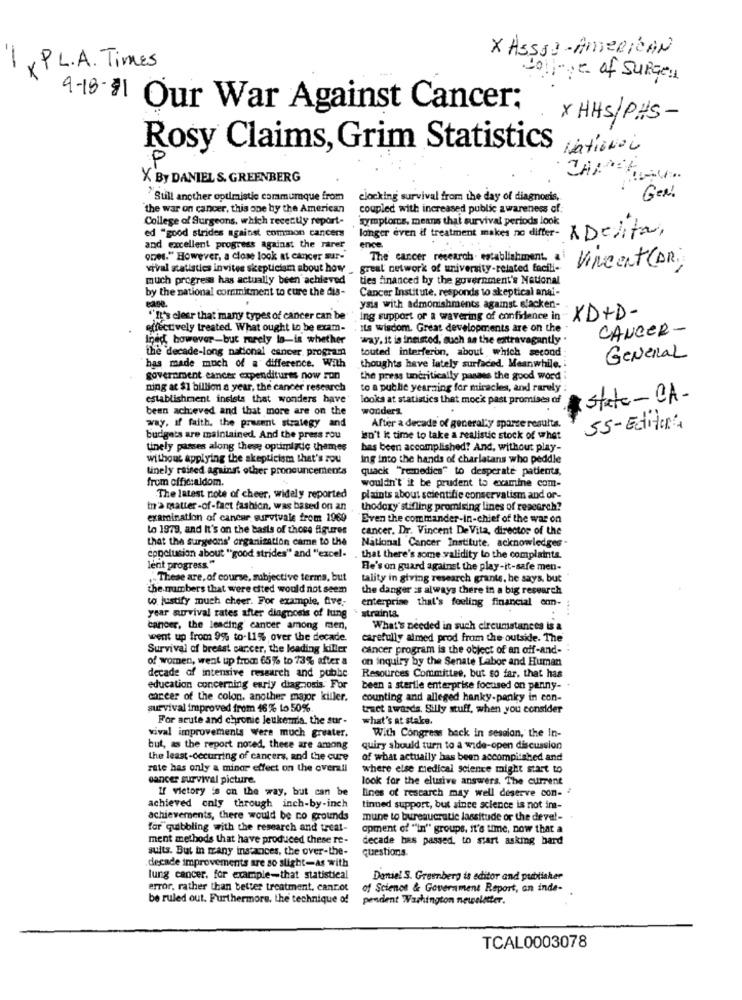
X Asssa-AMERICAN
-
x PL. A . Times
college of SURGen
9-18-31 Our War Against Cancer;
X HHS/PHS-
Rosy Claims, Grim Statistics
National
P
X By DANIEL S. GREENBERG
Still another optimistic cammumque from
clocking survival from the day of diagnosis,
Gen!
the war on cancer, this one by the American
coupled with increased public awareness of
College of Surgeons, which recently report-
symptoms. means that survival periods look
ed "good strides against common cancers
longer even if treatment makes no differ-
ADelita,
and excellent progress against the rarer
ence
oDe." However, a close look at cancer sur-
The cancer research . establishment.
Vincent (DR)
vival statistics invites skepticism about how
great network of university-related facili-
much progress has actually been achieved
ties financed by the government's National
by the national commitment to cure the dis-
Cancer Institute, responds to skeptical anai-
Page.
ysis with admonishments against slacken-
""It's clear that many types of cancer can be
ing support of a wavering of confidence in
XD+D-
effectively treated What ought to be exam-
its wisdom. Great developments are on the
CANCER-
Ined, however-but rarely la-is whether
wway. it is insisted, such as the extravagantly "
the decade-long national cancer. program
touted interferon, about which second:
General
"has made much of a difference. With
thoughts have lately surfaced. Meanwhile, i
government cancer expenditures now son
the press uncritically passes the good word
ning at $1 billion a year, the cancer research
to a puthe yearaing for miracles, and rarely
establishment insists that wonders have
looks at statistics that moc' past promises of
state-CA-
been achieved and that more are on the
wonders
way. if faith, the present strategy and
After a decade of generally sparse results.
55- Editor:
budgets are maintained. And the press rou
isn't kt time to take a realistic stock of whet
tinely passes along these optimizde themes
has been accomplished? And, without play-
without applying the skepticism that's zou
ing into the hands of charlatans who peddle
tinely raised against other pronouncements
quack "Tenedies" to desperate patients,
from officialdom.
wouldn't it be prudent to examine com-
The latest note of cheer, widely reported
plaints about scientific conservatism and or-
tn'a matter-of-fact fashion, was based on an
thodoxy' stifling promising lines of research?
examination of cancer survivale from 1969
"Even the commander-in-chief of the war on
to 1979, and It's on the basis of those figures
cancer. Dr. Vincent De Vita, director of the
that the Surgeons' organization came to the
National Cancer Institute, acknowledges -
conclusion about "good strides" and "excel-
that there's some validity to the complaints.
lent progress"
He's on guard against the play-it-safe men-
These are, of course, subjective terms, but
tality in giving research grants, he says, but
the numbers that were cited would not seem
the danger is always there in a big research
to justify much cheer. For example, five-
enterprise that's feeling financial enn-
strainta.
year survival rates after diagnosis of lung
cancer, the leading' cancer among men,
What's needed in such circumstances is a
went up from 99% to-115% over the decade.
carefully almed prod from the outside. The
Survival of breast cancer, the leading killer
cancer program is the object of an off-and-
of women, weat up from 65% to 73% after a
on inquiry by the Senate Labor and Human
decade of intensive research and public
Resources Committee, but so far, that has
education concerning early diagnosis. For
been a sterile enterprise focused on panny-
chceer of the colon. another major killer.
counting and alleged hanky.panky in con-
survival improved from 46% to 50%.
tract awards. Silly stuff, when you consider
For acute and chronic leukemia. the sur-
what's at stake.
vival improvements Were much greater
With Congress beck in session, the In-
but, as the report noted, these are among
quiry should turn to a wide-open discussion
the least-occurring of cancers, and the cure
of what actually has been accomplished and
rate has only a minar effect on the overall
where else medical science might start to
cancer survival picture.
look for the elusive answers. The current
If victory is on the way, but can be
lines of rescarch may well deserve con- 2
achieved only through inch-by-inch
tinned support, but since science is not in-
achievements, there would be co grounds
mune to bureaucratic lassitude or the deve !-
for quibbling with the research and treat-
opment of "in" groups, it's time, now that a
ment methods that have produced these re-
decade has passed, to start asking bard
suits. But in many instances, the over-the-
questions.
decade improvements are so slight-as with
lung cancer, for example-that statistical
Daniel S. Greenberg is editor and publisher
error, rather than better treatment, canrot
of Science & Government Report, an inde -.
be ruled out. Furthermore, the technique of
pendent Washington newsletter.
TCAL0003078